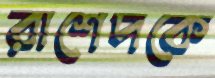
রাশেদকে